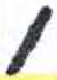
אות: ו